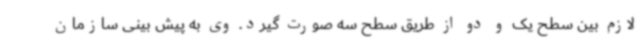
لازم بین سطح یک و دو از طریق سطح سه صورت گیرد. وی به پیش بینی سازمان